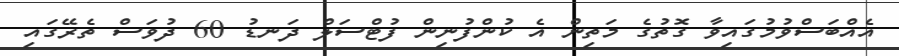
އެއްބަސްވުމުގައިވާ ގޮތުގެ މަތިން އެ ކުންފުނިން ފުޓްސަލް ދަނޑު 60 ދުވަސް ތެރޭގައި